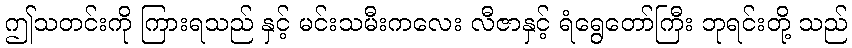
ဤသတင်းကို ကြားရသည် နှင့် မင်းသမီးကလေး လီဇာနှင့် ရံရွေတော်ကြီး ဘုရင်းတို့ သည်